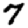
Digit: 7